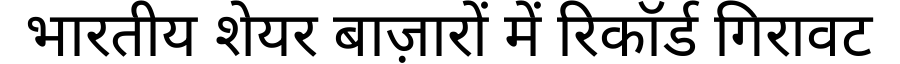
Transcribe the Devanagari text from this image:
भारतीय शेयर बाज़ारों में रिकॉर्ड गिरावट